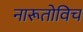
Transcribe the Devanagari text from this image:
नारूतोविच